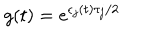
LaTeX: g ( t ) = e ^ { \epsilon _ { j } ( t ) \tau _ { j } / 2 }